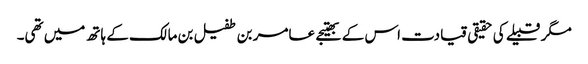
مگر قبیلے کی حقیقی قیادت اس کے بھتیجے عامر بن طفیل بن مالک کے ہاتھ میں تھی۔